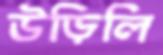
উড়িলি